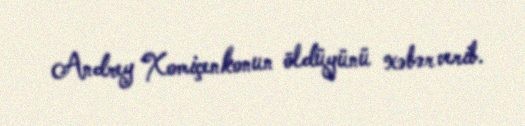
Andrey Xomiçenkonun öldüyünü xəbər verib.